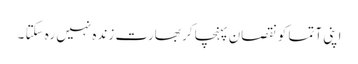
اپنی آتما کو نقصان پہنچا کر بھارت زندہ نہیں رہ سکتا ۔